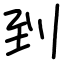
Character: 到